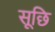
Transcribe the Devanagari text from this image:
सूछि